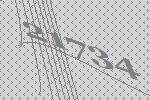
21734